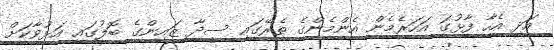
އަދި އެހާ ފާޅުގަ އަހަރެމެން އެންމެންގެ ތެރޭގައި ސީދާ ޒައިންގެ ބޮލުގައި އަޅުވާކަށް